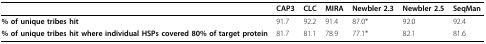
<table><thead><tr><td>[EMPTY_CELL]</td><td><b>CAP3</b></td><td><b>CLC</b></td><td><b>MIRA</b></td><td><b>Newbler 2.3</b></td><td><b>Newbler 2.5</b></td><td><b>SeqMan</b></td></tr></thead><tbody><tr><td><b>% of unique tribes hit</b></td><td>91.7</td><td>92.2</td><td>91.4</td><td>87.0*</td><td>92.0</td><td>92.4</td></tr><tr><td><b>% of unique tribes hit where individual HSPs covered 80% of target protein</b></td><td>81.7</td><td>81.1</td><td>78.9</td><td>77.1*</td><td>82.1</td><td>81.6</td></tr></tbody></table>